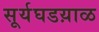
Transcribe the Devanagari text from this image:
सूर्यघडय़ाळ